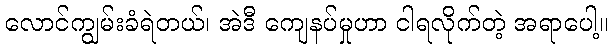
လောင်ကျွမ်းခံရဲတယ်၊ အဲဒီ ကျေနပ်မှုဟာ ငါရလိုက်တဲ့ အရာပေါ့။